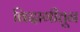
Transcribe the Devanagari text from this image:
बिदागीतून